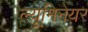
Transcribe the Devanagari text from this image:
ल्यूमिनेयर